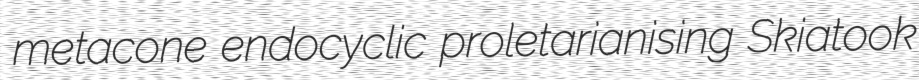
metacone endocyclic proletarianising Skiatook